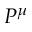
P ^ { \mu }